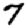
Digit: 7